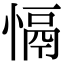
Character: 𢡍